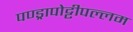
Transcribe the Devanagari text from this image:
पण्ड्रापोट्टीपल्लम